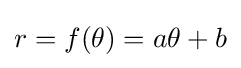
r=f(\theta )=a\theta +b